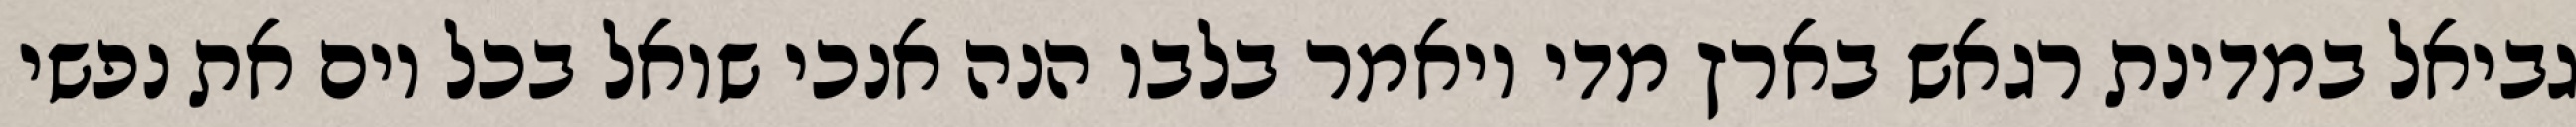
גביאל במדינת רגאש בארץ מדי ויאמר בלבו הנה אנכי שואל בכל יום את נפשי